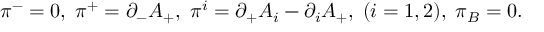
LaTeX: { \pi } ^ { - } = 0 , \; { \pi } ^ { + } = { \partial } _ { - } A _ { + } , \; { \pi } ^ { i } = { \partial } _ { + } A _ { i } - { \partial } _ { i } A _ { + } , \; ( i = 1 , 2 ) , \; { \pi } _ { B } = 0 .